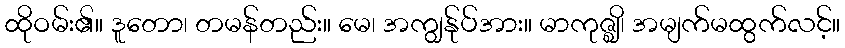
ထိုဝမ်း၏။ ဒူတော၊ တမန်တည်း။ မေ၊ အကျွန်ုပ်အား။ မာကုဇ္ဈိ၊ အမျက်မထွက်လင့်။